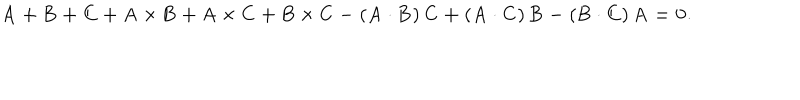
\bf { A } + \bf { B } + \bf { C } + \bf { A } \times \bf { B } + \bf { A } \times \bf { C } + \bf { B } \times \bf { C } - ( \bf { A } \cdot \bf { B } ) \, \bf { C } + ( \bf { A } \cdot \bf { C } ) \, \bf { B } - ( \bf { B } \cdot \bf { C } ) \, \bf { A } = 0 .